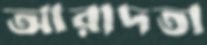
আরাদতা